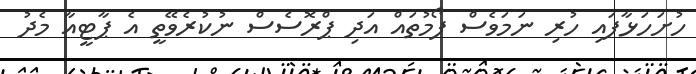
ހުށަހަޅާފައި ހުރި ނަމަވެސް ފޯމުތައް އަދި ޕްރޮސެސް ނުކުރެވޭތީ އެ ޕާޓީއާ މެދު